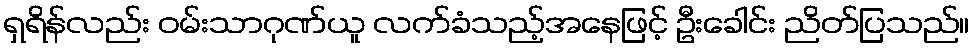
ရှရိန်လည်း ဝမ်းသာဂုဏ်ယူ လက်ခံသည့်အနေဖြင့် ဦးခေါင်း ညိတ်ပြသည်။